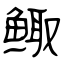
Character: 鲰